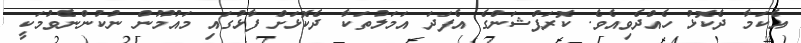
އެކަމާ ދެކޮޅު ހެއްދެވިއެވެ. ކޮރަޕްޝަންގެ އެފަދަ އަމަލުތަކާ ދެކޮޅަށް ފާޅުގައި މައުމޫން ނުކުންނެވުމަކީ